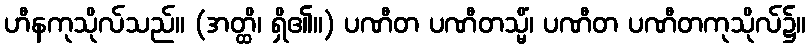
ဟီနကုသိုလ်သည်။ (အတ္ထိ၊ ရှိ၏။) ပဏီတ ပဏီတသ္မိံ၊ ပဏီတ ပဏီတကုသိုလ်၌။